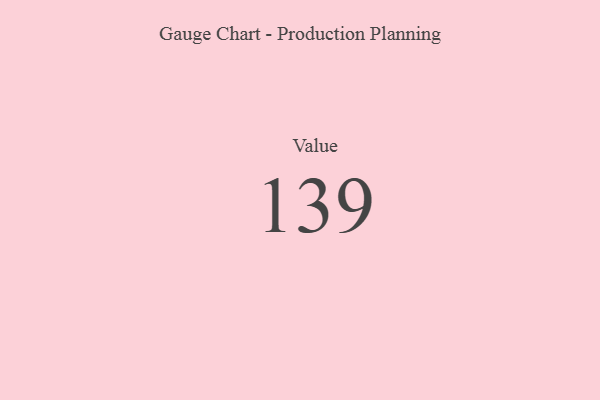
{"axis": {"x": "Metric", "y": "Value"}, "legend": [""], "data": [{"x": "Value", "y": 139, "type": ""}]}